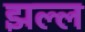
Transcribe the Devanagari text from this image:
झल्ल